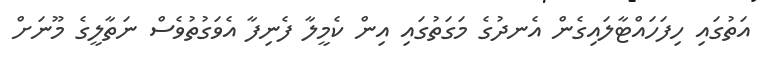
އަތުގައި ހިފަހައްޓާލައިގެން އެނދުގެ މަގަތުގައި އިން ކެމީލާ ފެނިފާ އެވަގުތުވެސް ނަތާލީގެ މޫނަށް